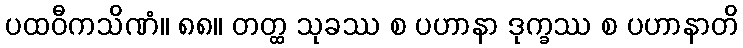
ပထဝီကသိဏံ။ ၈၈။ တတ္ထ သုခဿ စ ပဟာနာ ဒုက္ခဿ စ ပဟာနာတိ